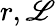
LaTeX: r,\mathscr{L}